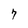
Character: 7